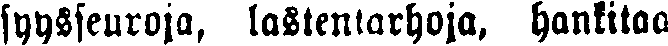
syysseuroja, lastentarhoja, hankitaa